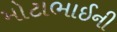
મોટાભાઈની